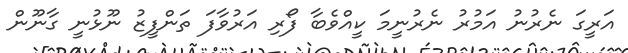
އަރީގަ ނެރުނު އަމުރު ނެރުނީމަ ކީއްވެބާ ފޯރި އަރުވާފަ ތަންފީޒު ނޫޅުނީ ގާނޫން